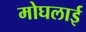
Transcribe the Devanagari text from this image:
मोघलाई